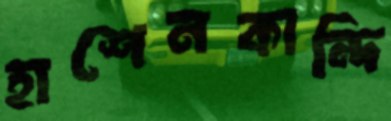
হাশেনকান্দি